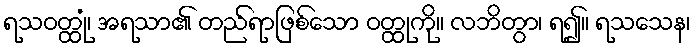
ရသဝတ္ထုံ၊ အရသာ၏ တည်ရာဖြစ်သော ဝတ္ထုကို။ လဘိတွာ၊ ရ၍။ ရသသေန၊